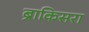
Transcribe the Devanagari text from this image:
ब्राकिसरा